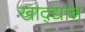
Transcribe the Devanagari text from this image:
खाद्द्यान्न